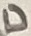
Text: D